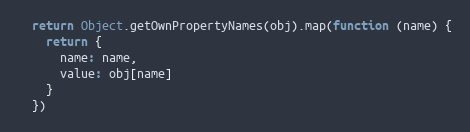
Language: JavaScript
  return Object.getOwnPropertyNames(obj).map(function (name) {
    return {
      name: name,
      value: obj[name]
    }
  })